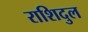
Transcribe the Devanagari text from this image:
राशिदुल